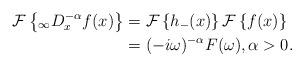
LaTeX: \begin{align*}\mathcal{F}\left\{ _{\infty}D_{x}^{-\alpha}f(x)\right\} & =\mathcal{F}\left\{ h_{-}(x)\right\} \mathcal{F}\left\{ f(x)\right\} \\& =(-i\omega)^{-\alpha}F(\omega),\alpha>0.\end{align*}